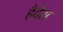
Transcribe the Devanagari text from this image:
हैदेश